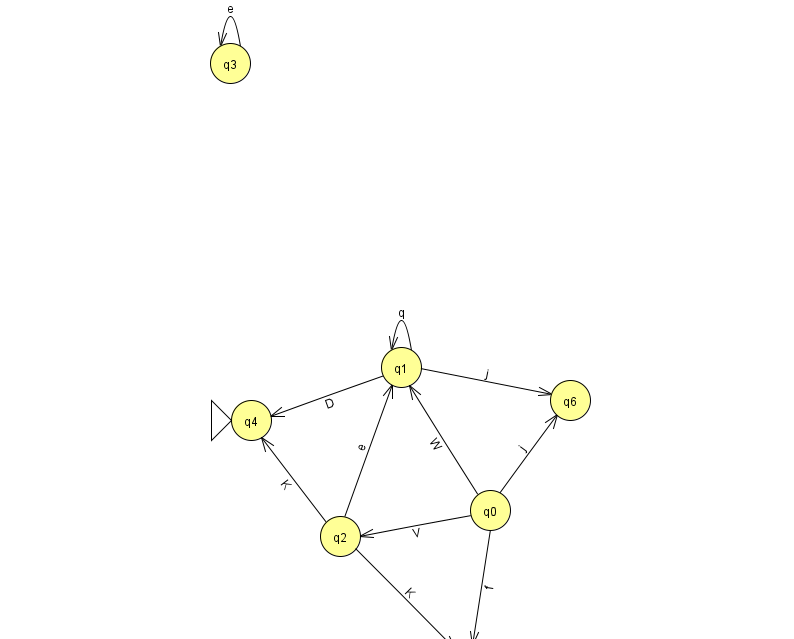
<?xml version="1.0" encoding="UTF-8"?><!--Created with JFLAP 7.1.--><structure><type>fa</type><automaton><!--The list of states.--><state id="0" name="q0"><x>490.0</x><y>497.0</y></state><state id="1" name="q1"><x>401.0</x><y>354.0</y></state><state id="2" name="q2"><x>340.0</x><y>523.0</y></state><state id="3" name="q3"><x>230.0</x><y>50.0</y></state><state id="4" name="q4"><x>251.0</x><y>407.0</y><initial/></state><state id="5" name="q5"><x>467.0</x><y>651.0</y><final/></state><state id="6" name="q6"><x>570.0</x><y>387.0</y></state><!--The list of transitions.--><transition><from>0</from><to>6</to><read>j</read></transition><transition><from>1</from><to>1</to><read>q</read></transition><transition><from>0</from><to>2</to><read>V</read></transition><transition><from>3</from><to>3</to><read>e</read></transition><transition><from>0</from><to>5</to><read>f</read></transition><transition><from>1</from><to>4</to><read>D</read></transition><transition><from>2</from><to>1</to><read>e</read></transition><transition><from>2</from><to>4</to><read>K</read></transition><transition><from>1</from><to>6</to><read>j</read></transition><transition><from>0</from><to>1</to><read>W</read></transition><transition><from>2</from><to>5</to><read>K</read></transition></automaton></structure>